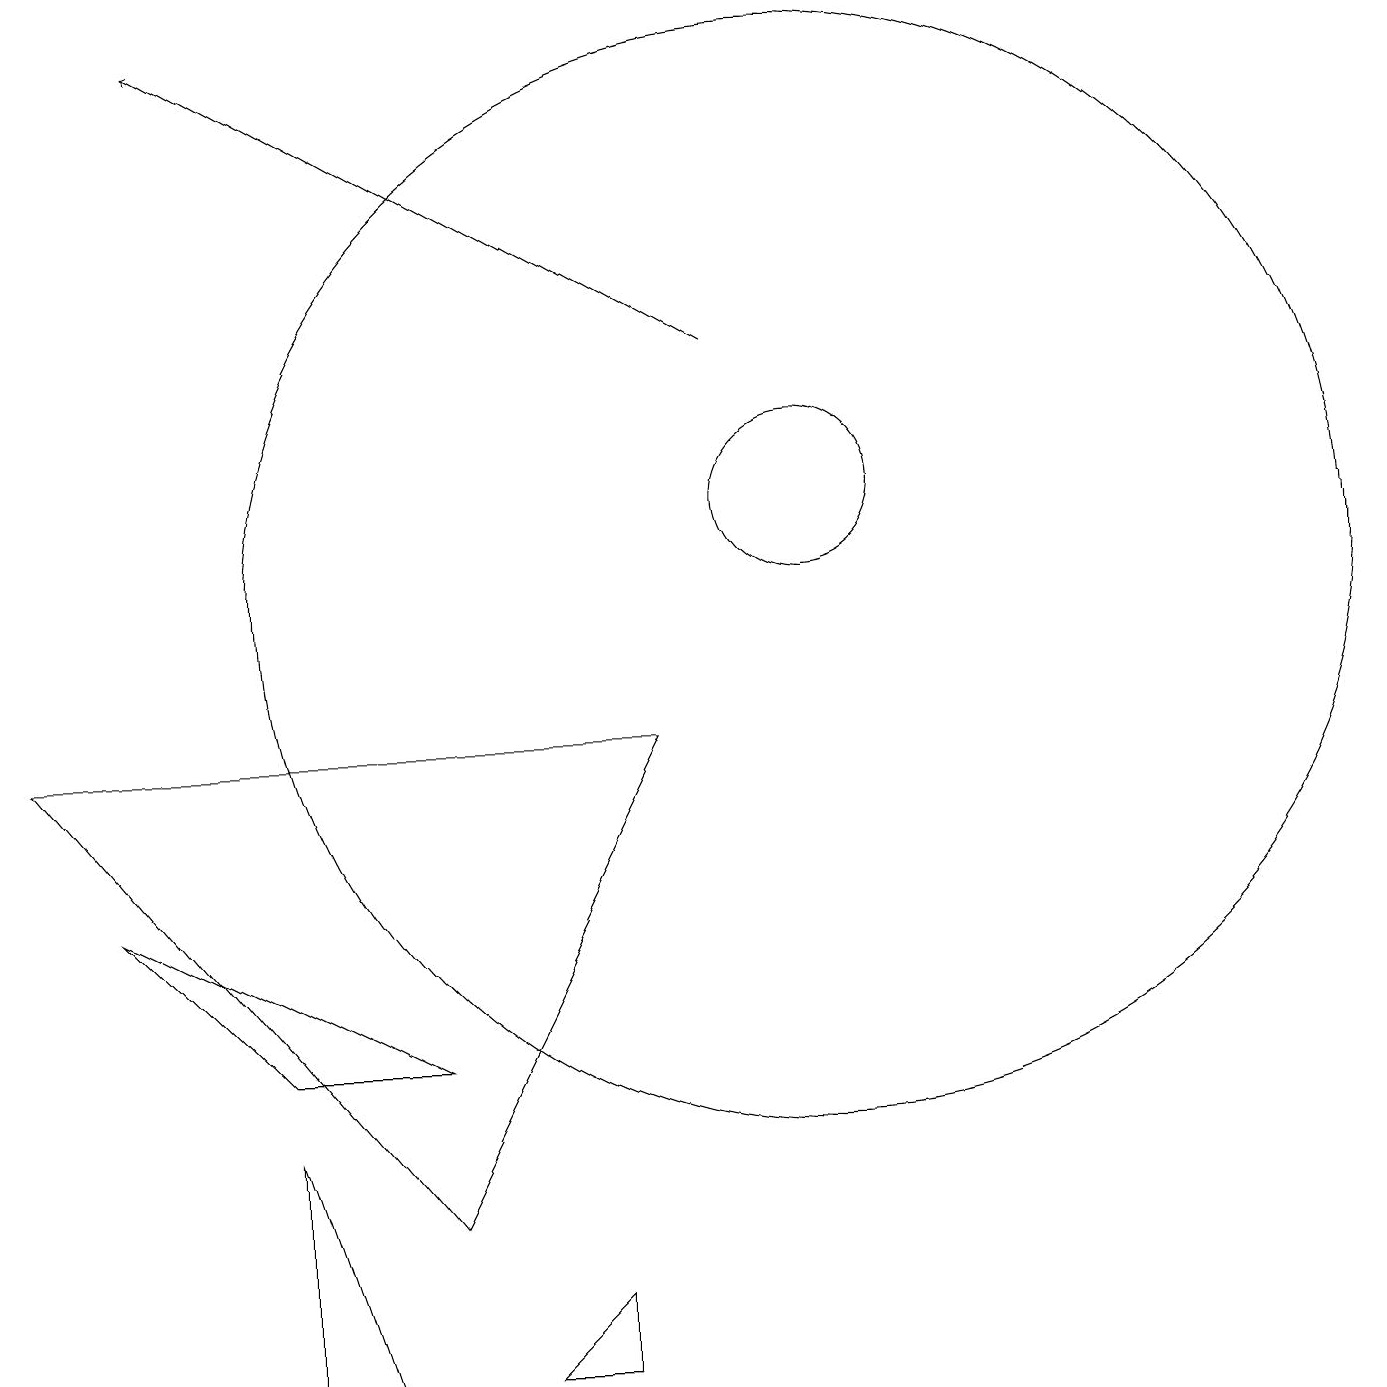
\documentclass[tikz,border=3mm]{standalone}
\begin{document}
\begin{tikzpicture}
\draw (7,0) -- (7,1) -- (6,0) -- cycle;
\draw (10,10) circle (7);
\draw (8,8) -- (0,8) -- (5,2) -- cycle;
\draw[->] (9,13) -- (2,17);
\draw (1,6) -- (5,4) -- (3,4) -- cycle;
\draw (10,11) circle (1);
\draw (4,0) -- (3,3) -- (3,0) -- cycle;
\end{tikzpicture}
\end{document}